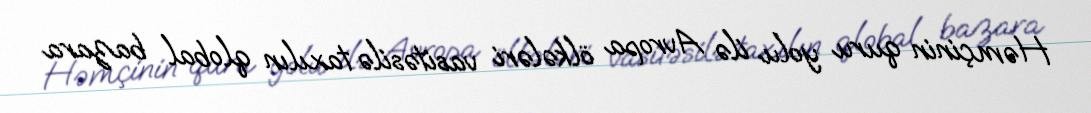
Həmçinin quru yolu ilə Avropa ölkələri vasitəsilə taxılın qlobal bazara